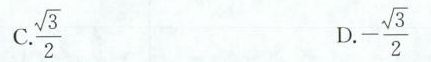
C. \frac{\sqrt{3}}{2} D. - \frac{\sqrt{3}}{2}